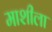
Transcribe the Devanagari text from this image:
माशीला